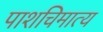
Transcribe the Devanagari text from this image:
पाशचिमात्य